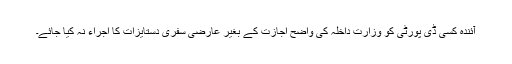
آئندہ کسی ڈی پورٹی کو وزارتِ داخلہ کی واضح اجازت کے بغیر عارضی سفری دستایزات کا اجراء نہ کیا جائے۔